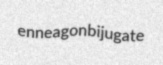
enneagon bijugate